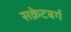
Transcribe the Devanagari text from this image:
सक्रेटबर्ग